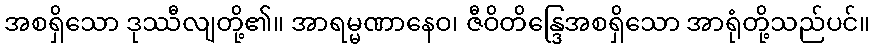
အစရှိသော ဒုဿီလျတို့၏။ အာရမ္မဏာနေဝ၊ ဇီဝိတိန္ဒြေအစရှိသော အာရုံတို့သည်ပင်။